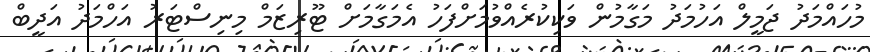
މުހައްމަދު ޖަމީލް އަހުމަދު މަގާމުން ވަކިކުރެއްވުމަށްފަހު އެމަގާމަށް ޓޫރިޒަމް މިނިސްޓަރު އަހްމަދު އަދީބް